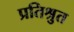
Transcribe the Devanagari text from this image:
प्रतिश्रुत